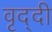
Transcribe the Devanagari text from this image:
वृद्दी